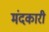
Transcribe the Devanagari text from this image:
मंदकारी